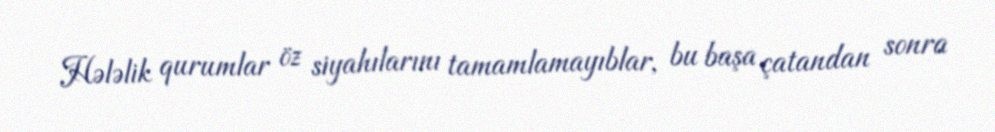
Hələlik qurumlar öz siyahılarını tamamlamayıblar, bu başa çatandan sonra